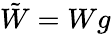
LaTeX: {\tilde{W}}=Wg